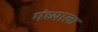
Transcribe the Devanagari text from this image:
गंध्याला